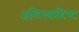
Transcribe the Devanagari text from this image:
अतिस्‍वादिष्‍ट